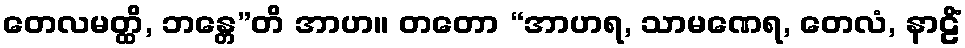
တေလမတ္ထိ, ဘန္တေ”တိ အာဟ။ တတော “အာဟရ, သာမဏေရ, တေလံ, နာဠိံ